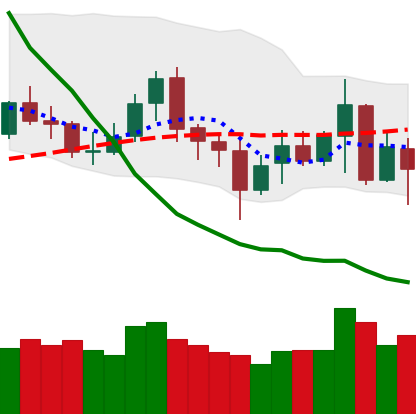
Ticker: XMR-USD
Chart end date: 2020-07-05
Forward return: 6.476%
Label: up_5_7